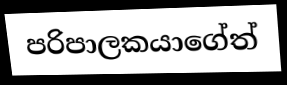
පරිපාලකයාගේත්